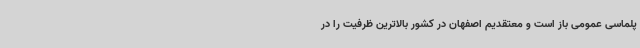
پلماسی عمومی باز است و معتقدیم اصفهان در کشور بالاترین ظرفیت را در